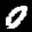
Label: 0